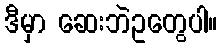
ဒီမှာ ဆေးဘဲဥတွေပါ။